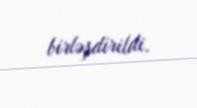
birləşdirildi.